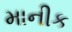
માનીક